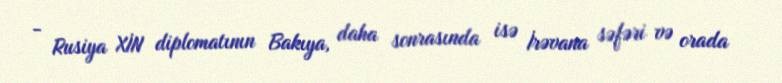
- Rusiya XİN diplomatının Bakıya, daha sonrasında isə İrəvana səfəri və orada